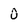
Character: 0